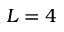
L = 4